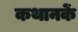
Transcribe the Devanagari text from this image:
कथानकें